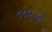
જોધાની